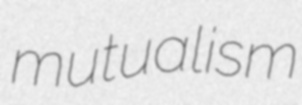
mutualism